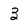
Character: 3